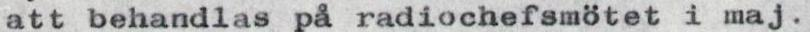
att behandlas på radiochefsmötet i maj.